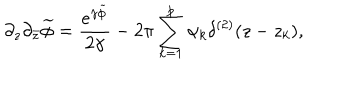
\partial _ { z } \partial _ { \bar { z } } \widetilde \phi = { \frac { e ^ { \gamma \widetilde \phi } } { 2 \gamma } } - 2 \pi \sum _ { k = 1 } ^ { p } \alpha _ { k } \delta ^ { ( 2 ) } ( z - z _ { k } ) ,